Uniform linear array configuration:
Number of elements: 24
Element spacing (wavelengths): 0.25
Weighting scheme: cosine
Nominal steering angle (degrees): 0
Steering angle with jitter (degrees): -1.503
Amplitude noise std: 0.05
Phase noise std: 0.05

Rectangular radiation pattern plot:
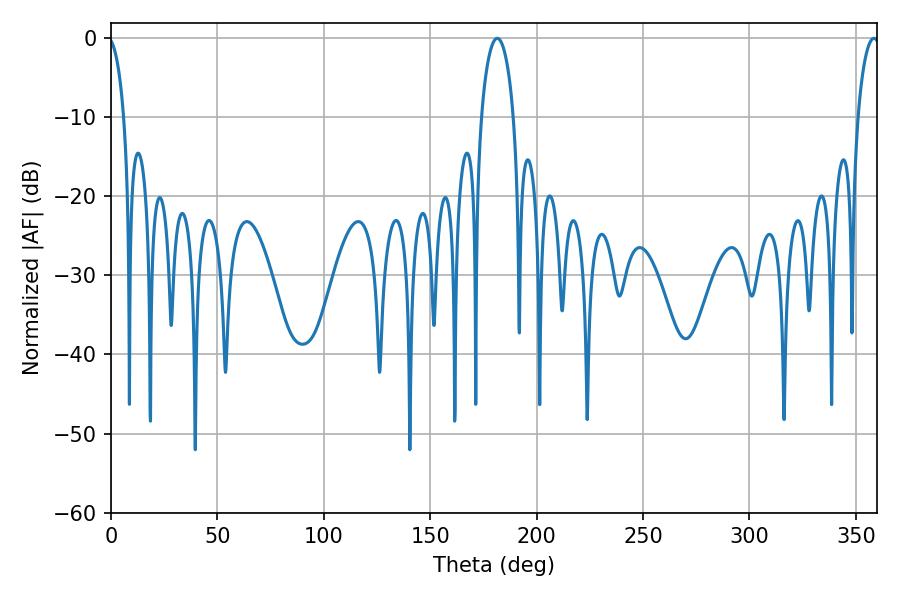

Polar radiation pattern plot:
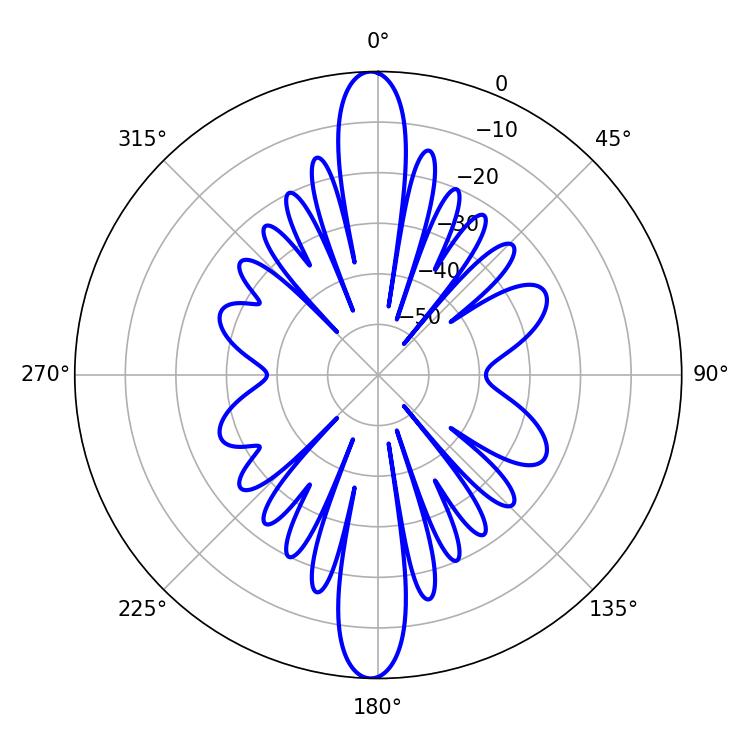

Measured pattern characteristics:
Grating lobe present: FALSE
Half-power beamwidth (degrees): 8.64
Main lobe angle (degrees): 181.44